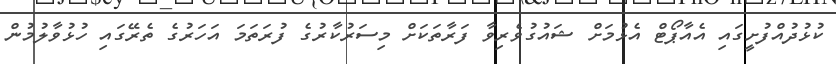
ކުޅުދުއްފުށީގައި އެއާޕޯޓް އެޅުމަށް ޝައުގުވެރިވާ ފަރާތަކަށް މިސަރުކާރުގެ ފުރަތަމަ އަހަރުގެ ތެރޭގައި ހުޅުވާލުމުން